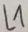
Text: L1